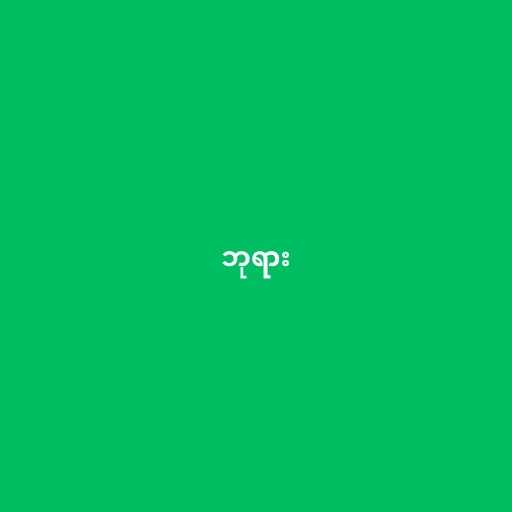
ဘုရား